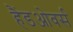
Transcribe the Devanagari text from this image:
हैंडओवर्स